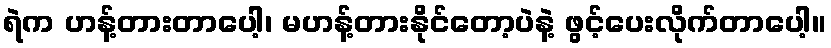
ရဲက ဟန့်တားတာပေါ့၊ မဟန့်တားနိုင်တော့ပဲနဲ့ ဖွင့်ပေးလိုက်တာပေါ့။